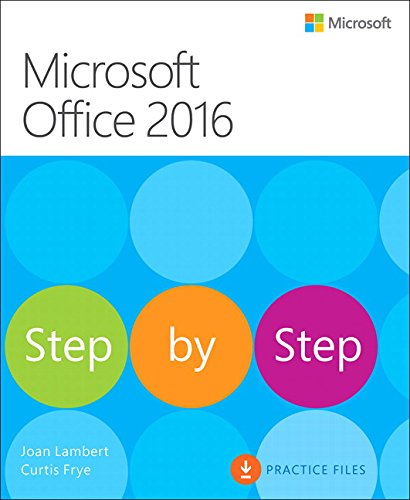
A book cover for Microsoft Office 2016 Step by Step; Joan Lambert; Computers & Technology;